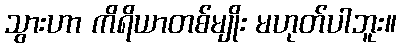
သွားဟာ ကိရိယာတစ်မျိုး မဟုတ်ပါဘူး။